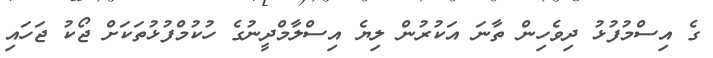
ގެ އިސްމުފުޅު ދިވެހިން ތާނަ އަކުރުން ލިޔެ އިސްލާމްދީނުގެ ހުކުމްފުޅުތަކަށް ޖޯކު ޖަހައި